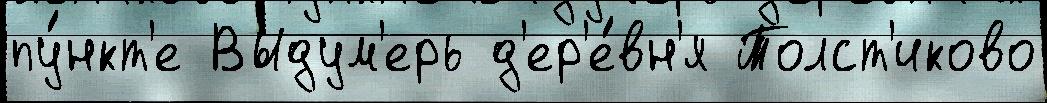
пу́нкт'е Выдум'ерь д'ер'е́вн'я Толст'иково